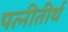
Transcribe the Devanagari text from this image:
पत्नीतीर्थ